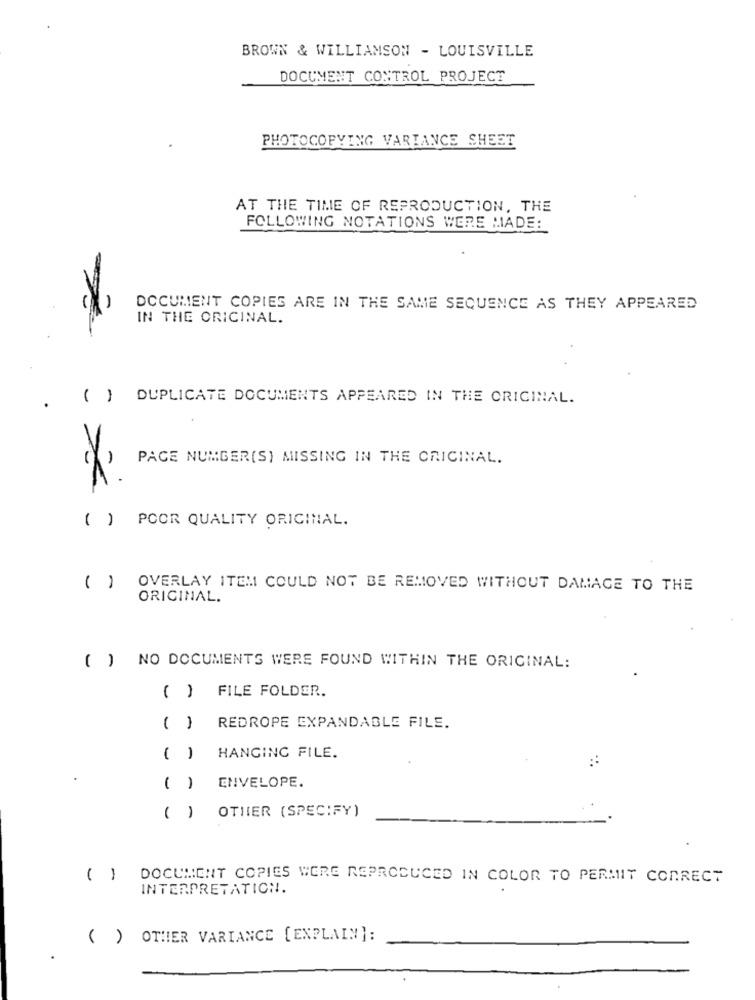
BROWN & WILLIAMSON - LOUISVILLE
DOCUMENT CONTROL PROJECT
PHOTOCOPYING VARIANCE SHEET
AT THE TIME OF REPRODUCTION, THE
FOLLOWING NOTATIONS WERE MADE:
DOCUMENT COPIES ARE IN THE SAME SEQUENCE AS THEY APPEARED
IN THE ORIGINAL.
() DUPLICATE DOCUMENTS APPEARED IN THE ORIGINAL.
PAGE NUMBER(S) MISSING IN THE CRICINAL.
( ) POOR QUALITY ORIGINAL.
( ) OVERLAY ITEM COULD NOT BE REMOVED WITHOUT DAMAGE TO THE
ORIGINAL.
( ) NO DOCUMENTS WERE FOUND WITHIN THE ORIGINAL:
( ) FILE FOLDER.
( )
REDROPE EXPANDABLE FILE.
( )
HANGING FILE.
ENVELOPE.
()
( ) OTHER (SPECIFY)
( ) DOCUMENT COPIES WERE REPRODUCED IN COLOR TO PERMIT CORRECT
INTERPRETATION.
( ) OTHER VARIANCE [ENPLAIN]: